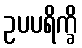
ဥပပရိက္ခိ